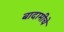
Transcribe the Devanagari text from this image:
बादामीचे